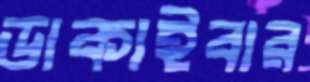
ডাকাইবার